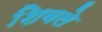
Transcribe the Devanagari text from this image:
शिवले